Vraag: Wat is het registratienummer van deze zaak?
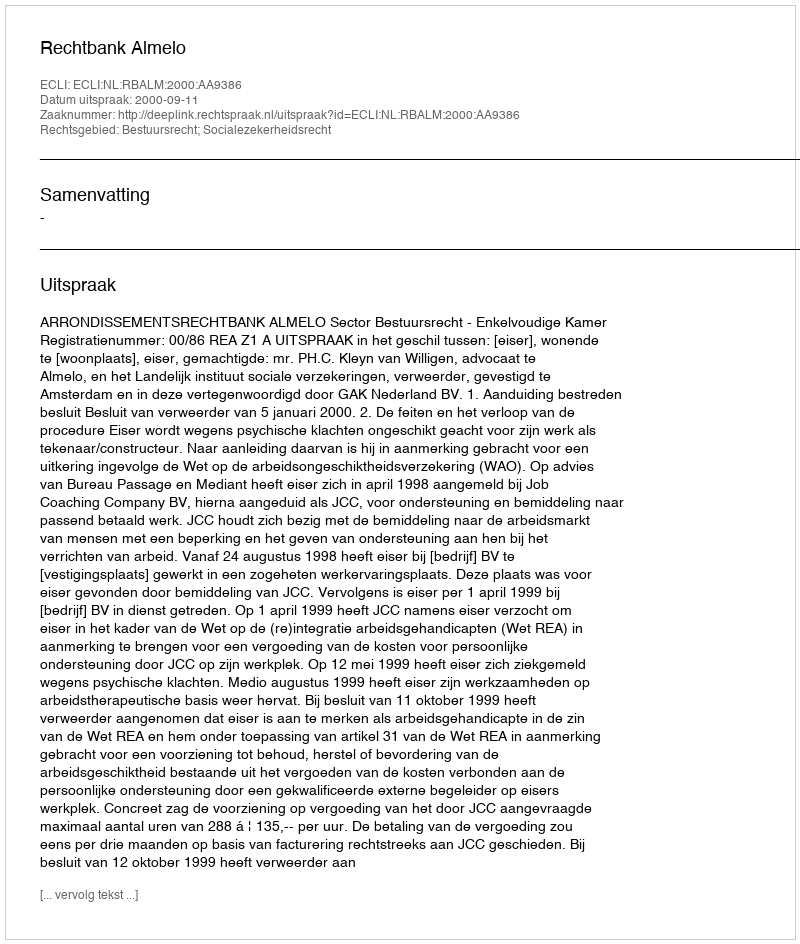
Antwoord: http://deeplink.rechtspraak.nl/uitspraak?id=ECLI:NL:RBALM:2000:AA9386